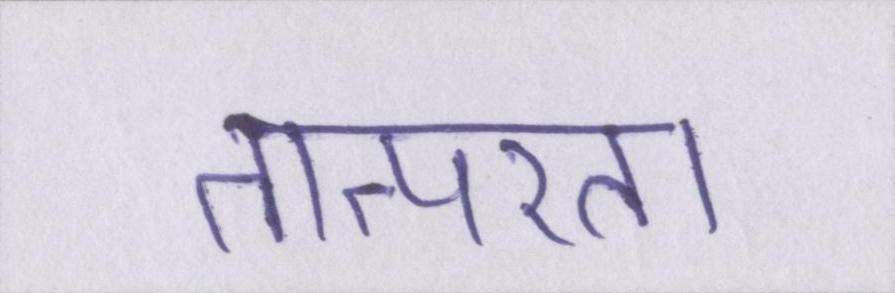
तात्परता